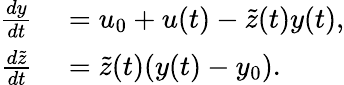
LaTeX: \begin{array}{rl}{\frac{dy}{dt}}&{{}=u_{0}+u(t)-\tilde{z}(t)y(t),}\\ {\frac{d\tilde{z}}{dt}}&{{}=\tilde{z}(t)(y(t)-y_{0}).}\end{array}